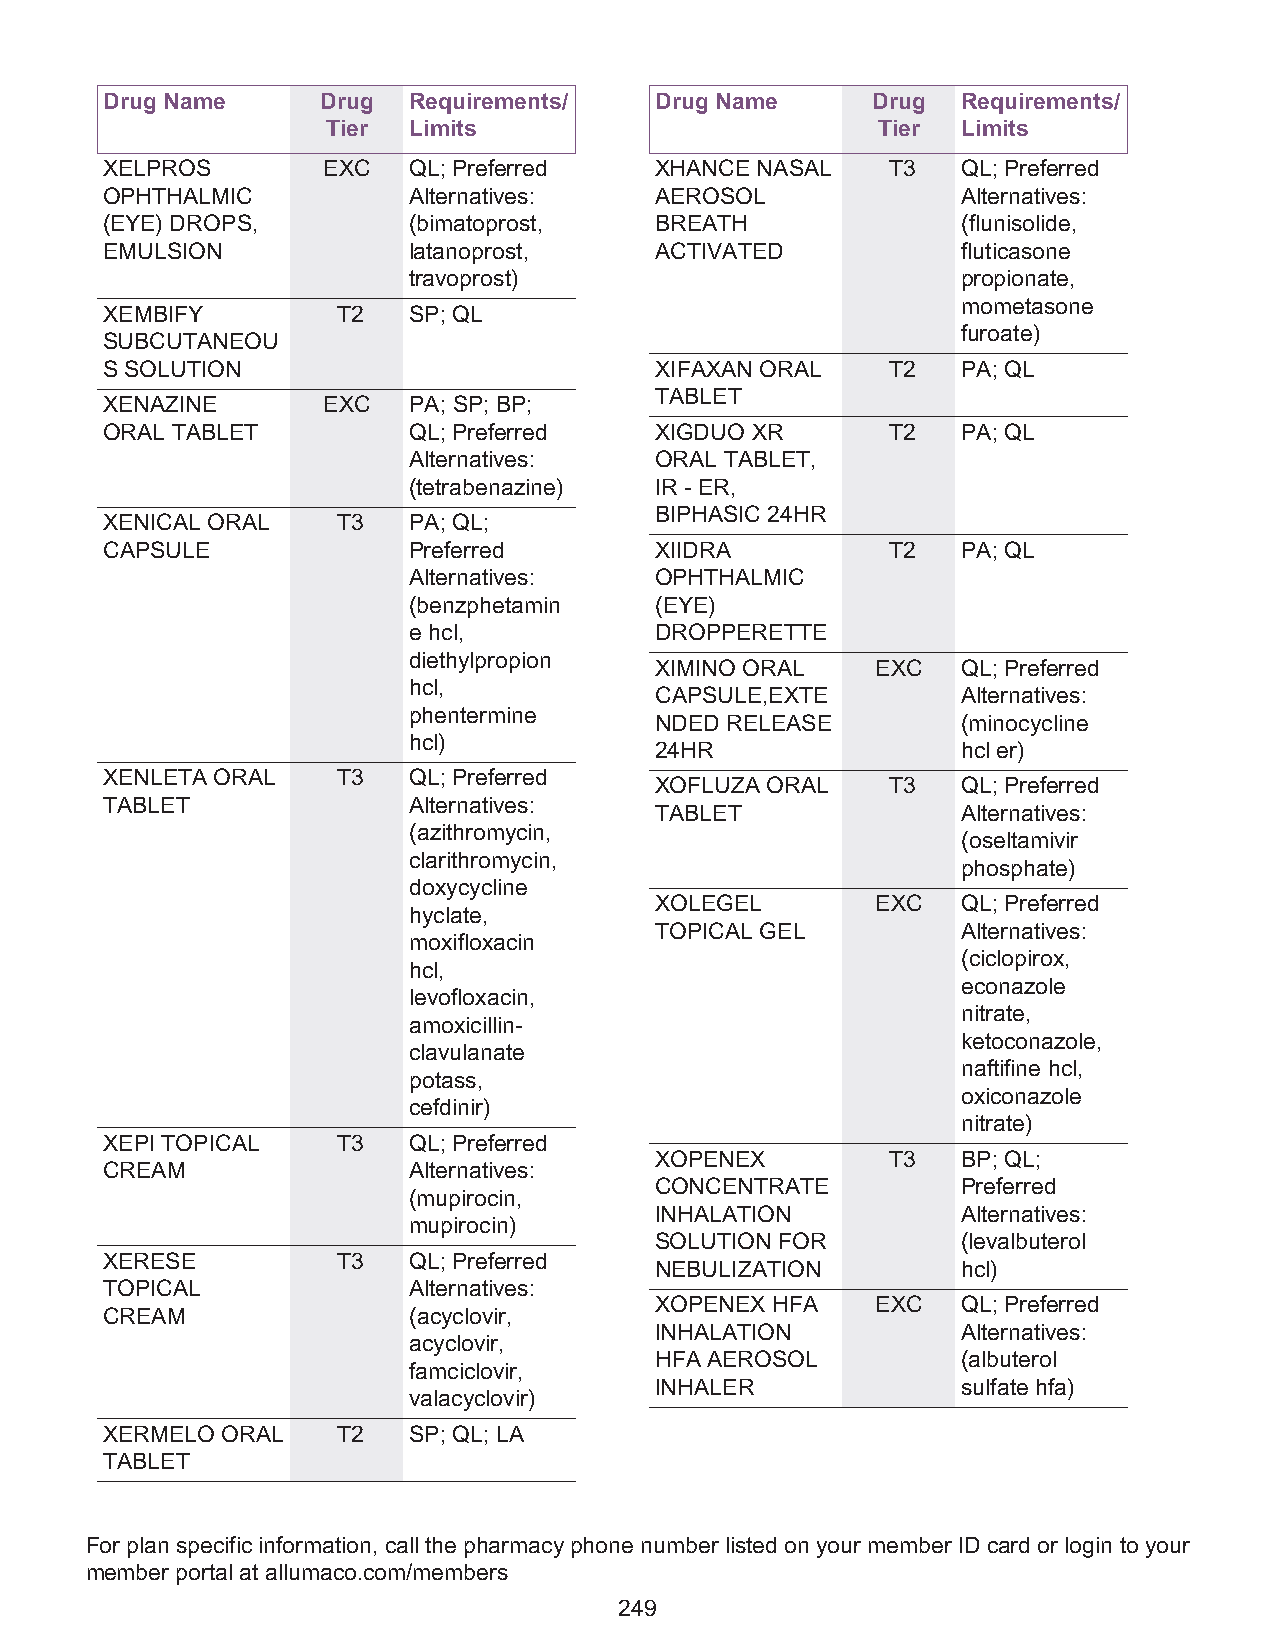
Drug Name     Drug  Requirements/   Drug Name      Drug  Requirements/
 Tier Limits                         Tier  Limits
 XELPROS       EXC   QL; Preferred   XHANCE NASAL    T3   QL; Preferred
 OPHTHALMIC          Alternatives:   AEROSOL              Alternatives:
 (EYE) DROPS,        (bimatoprost,   BREATH               (flunisolide,
 EMULSION            latanoprost,    ACTIVATED            fluticasone
 travoprost)                          propionate,
 mometasone
 XEMBIFY        T2   SP; QL
 furoate)
 SUBCUTANEOU
 S SOLUTION                          XIFAXAN ORAL    T2   PA; QL
 TABLET
 XENAZINE      EXC   PA; SP; BP;
 ORAL TABLET         QL; Preferred   XIGDUO XR       T2   PA; QL
 Alternatives:   ORAL TABLET,
 (tetrabenazine) IR - ER,
 BIPHASIC 24HR
 XENICAL ORAL   T3   PA; QL;
 CAPSULE             Preferred       XIIDRA          T2   PA; QL
 Alternatives:   OPHTHALMIC
 (benzphetamin   (EYE)
 e hcl,          DROPPERETTE
 diethylpropion
 XIMINO ORAL    EXC   QL; Preferred
 hcl,
 CAPSULE,EXTE         Alternatives:
 phentermine
 NDED RELEASE         (minocycline
 hcl)
 24HR                 hcl er)
 XENLETA ORAL   T3   QL; Preferred
 XOFLUZA ORAL    T3   QL; Preferred
 TABLET              Alternatives:
 TABLET               Alternatives:
 (azithromycin,
 (oseltamivir
 clarithromycin,
 phosphate)
 doxycycline
 XOLEGEL        EXC   QL; Preferred
 hyclate,
 TOPICAL GEL          Alternatives:
 moxifloxacin
 (ciclopirox,
 hcl,
 econazole
 levofloxacin,
 nitrate,
 amoxicillin-
 ketoconazole,
 clavulanate
 naftifine hcl,
 potass,
 oxiconazole
 cefdinir)
 nitrate)
 XEPI TOPICAL   T3   QL; Preferred
 XOPENEX         T3   BP; QL;
 CREAM               Alternatives:
 CONCENTRATE          Preferred
 (mupirocin,
 INHALATION           Alternatives:
 mupirocin)
 SOLUTION FOR         (levalbuterol
 XERESE         T3   QL; Preferred
 NEBULIZATION         hcl)
 TOPICAL             Alternatives:
 XOPENEX HFA    EXC   QL; Preferred
 CREAM               (acyclovir,
 INHALATION           Alternatives:
 acyclovir,
 HFA AEROSOL          (albuterol
 famciclovir,
 INHALER              sulfate hfa)
 valacyclovir)
 XERMELO ORAL   T2   SP; QL; LA
 TABLET
 For plan specific information, call the pharmacy phone number listed on your member ID card or login to your
 member portal at allumaco.com/members
 249